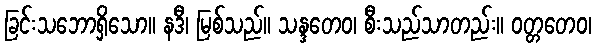
ခြင်းသဘောရှိသော။ နဒီ၊ မြစ်သည်။ သန္ဒတေဝ၊ စီးသည်သာတည်း။ ဝတ္တတေဝ၊